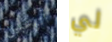
أترغبين لي